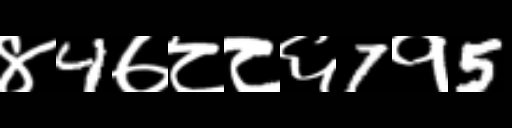
Text: ४4७८८६7१5